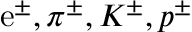
\mathrm { e } ^ { \pm } , \pi ^ { \pm } , K ^ { \pm } , p ^ { \pm }